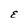
Character: E